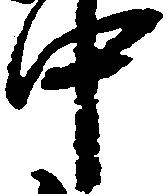
中